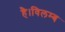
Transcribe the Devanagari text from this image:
है।विलम्ब